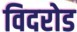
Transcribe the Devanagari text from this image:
विदरोड